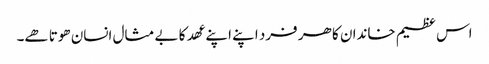
اس عظیم خاندان کا ھر فرد اپنے اپنے عھد کا بے مثال انسان ھوتا ھے۔